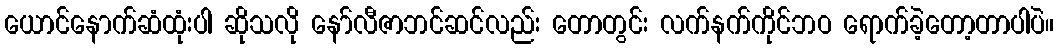
ယောင်နောက်ဆံထုံးပါ ဆိုသလို နော်လီဇာဘင်ဆင်လည်း တောတွင်း လက်နက်ကိုင်ဘဝ ရောက်ခဲ့တော့တာပါပဲ။